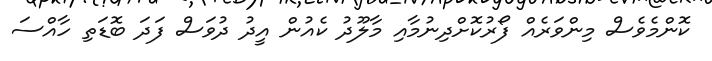
ކޮންމެވެސް މިންވަރެއް ފޯރުކޮށްދިނުމާއި މާލޫދު ކެއުން އީދު ދުވަސް ފަދަ ބޮޑަތި ހާއްސަ